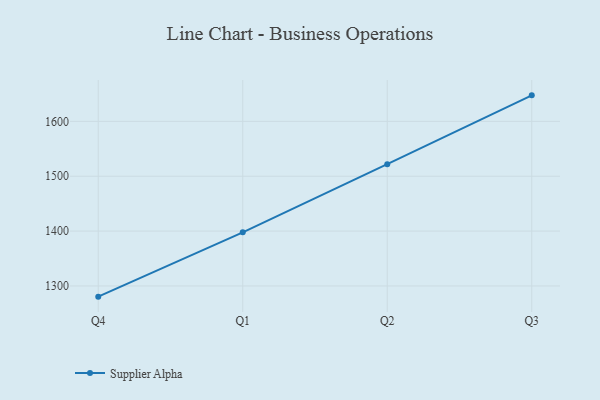
{"axis": {"x": "Quarter", "y": "Waste Production (Tons)"}, "legend": ["Supplier Alpha"], "data": [{"x": "Q4", "y": 1280.5, "type": "Supplier Alpha"}, {"x": "Q1", "y": 1397.7, "type": "Supplier Alpha"}, {"x": "Q2", "y": 1522.0, "type": "Supplier Alpha"}, {"x": "Q3", "y": 1647.4, "type": "Supplier Alpha"}]}